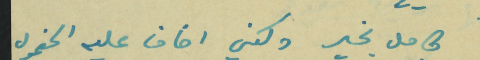
كامل بخير ولكني اخاف عليه الخمول